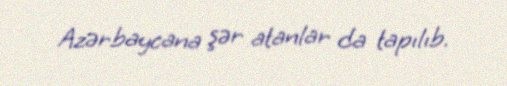
Azərbaycana şər atanlar da tapılıb.